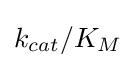
k_{cat}/K_{M}